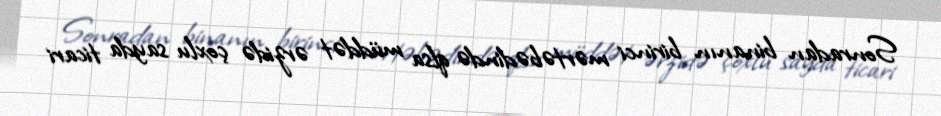
Sonradan binanın birinci mərtəbədində qlsa müddət ərzidə çoxlu sayda ticari